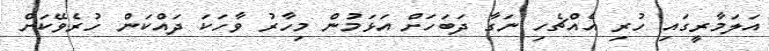
އަލަމާރީގައި ހުރި އެއްޗެހި ނަގާ ދަބަހަށް އަޅަމުން މިހާރު ވާހަކަ ދައްކަން ހުރެވޭކަށް